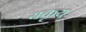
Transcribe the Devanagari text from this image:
यकृय